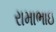
રામાભાઇ